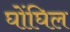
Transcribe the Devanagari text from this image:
घोंघिल